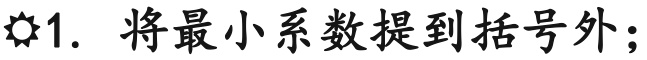
☉1. 将最小系数提到括号外；